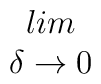
\begin{array}{c}lim\\\delta \rightarrow 0\end{array}